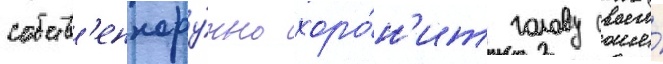
собств'еннору́чно хоро́н'ит голову своего́